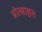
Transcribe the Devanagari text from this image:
प्रोत्साहन